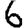
Digit: 6